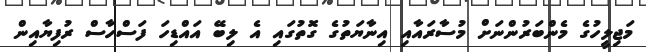
މަޖިލީހުގެ މެންބަރުންނަށް މުސާރައާއި އިނާޔަތުގެ ގޮތުގައި އެ ލިބޭ އައްޑިހަ ފަސްހާސް ރުފިޔާއިން